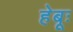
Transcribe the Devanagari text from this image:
हेबूः